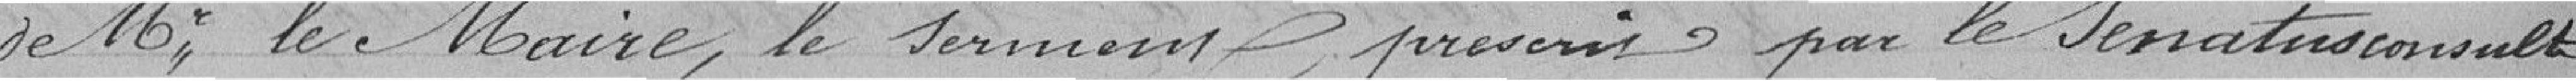
de Monsieur le maire, le serment, prescrit par le sénatusconsulte